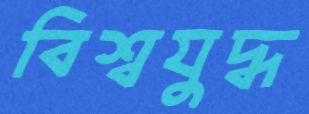
বিশ্বযুদ্ধ